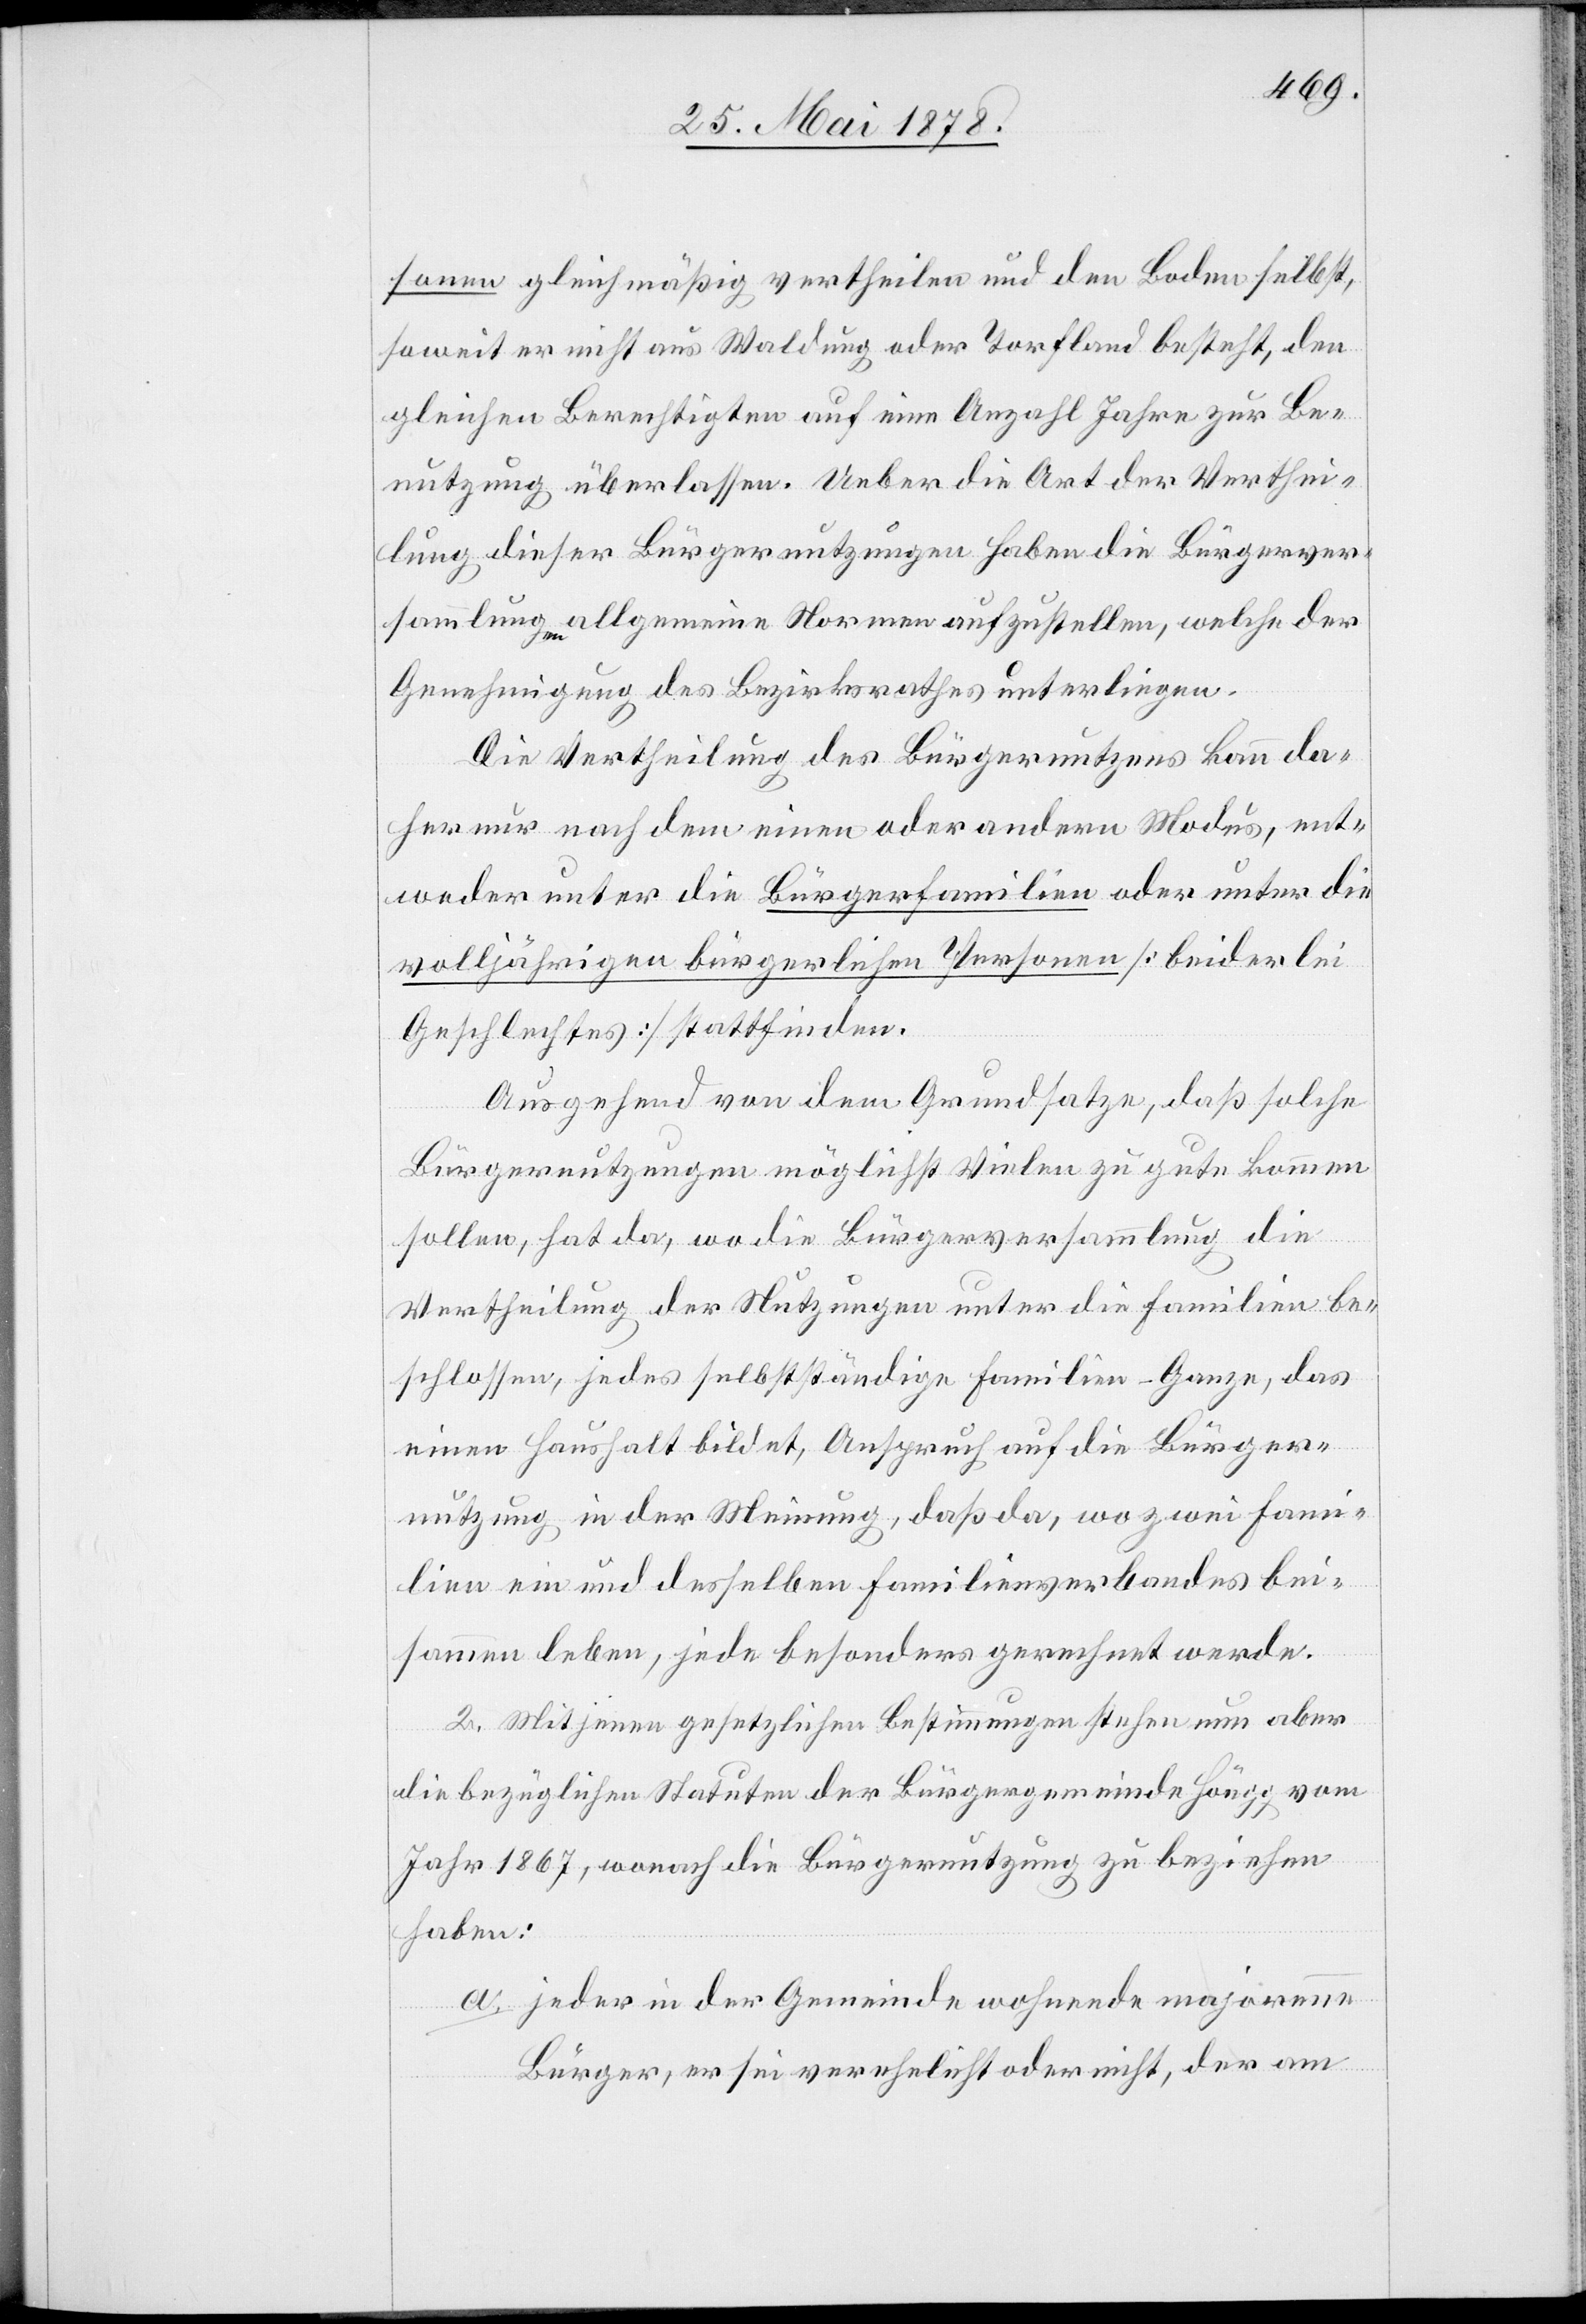
sonen gleichmäßig vertheilen und den Boden selbst,
soweit er nicht aus Waldung oder Torfland besteht, den
gleichen Berechtigten auf eine Anzahl Jahre zur Be¬
nutzung überlassen. Ueber die Art der Verthei¬
lung dieser Bürgernutzungen haben die Bürgerver¬
sammlung allgemeine Normen aufzustellen, welche der
Genehmigung des Bezirksrathes unterliegen.
Die Vertheilung des Bürgernutzens kann da¬
her nur nach dem einen oder andern Modus, ent¬
weder unter die Bürgerfamilien oder unter die
volljährigen bürgerlichen Personen [beiderlei
Geschlechtes] stattfinden.
Ausgehend von dem Grundsatze, daß solche
Bürgernutzungen möglichst Vielen zu gute kommen
sollen, hat da, wo die Bürgerversammlung die
Vertheilung der Nutzungen unter die Familien be¬
schlossen, jedes selbstständige Familien-Ganze, das
einen Haushalt bildet, Anspruch auf die Bürger¬
nutzung in der Meinung, das da, wo zwei Fami¬
lien ein und desselben Familenverbandes bei¬
sammen leben, jede besonders gerechnet werde.
2. Mit jenen gesetzlichen Bestimmungen stehen nun aber
die bezüglichen Statuten der Bürgergemeinde Höngg vom
Jahr 1867, wonach die Bürgernutzung zu beziehen
haben:
jeder in der Gemeinde wohnende majorenne
Bürger, er sei verehelicht oder nicht, der am